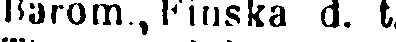
Barom, Finska d. t.